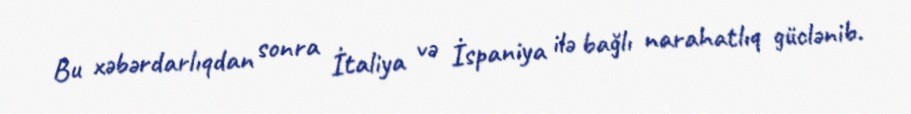
Bu xəbərdarlıqdan sonra İtaliya və İspaniya ilə bağlı narahatlıq güclənib.